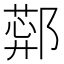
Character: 𬪑